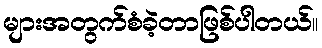
များအတွက်စံခဲ့တာဖြစ်ပါတယ်။